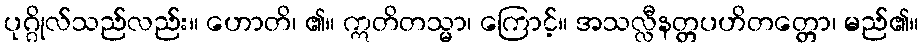
ပုဂ္ဂိုလ်သည်လည်း။ ဟောတိ၊ ၏။ ဣတိတသ္မာ၊ ကြောင့်။ အသလ္လီနတ္တပဟိတတ္တော၊ မည်၏။